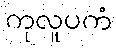
ကုလူပကံ